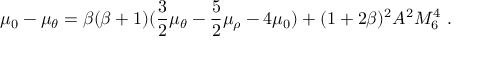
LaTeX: \mu _ { 0 } - \mu _ { \theta } = \beta ( \beta + 1 ) ( \frac { 3 } { 2 } \mu _ { \theta } - \frac { 5 } { 2 } \mu _ { \rho } - 4 \mu _ { 0 } ) + ( 1 + 2 \beta ) ^ { 2 } A ^ { 2 } M _ { 6 } ^ { 4 } ~ .